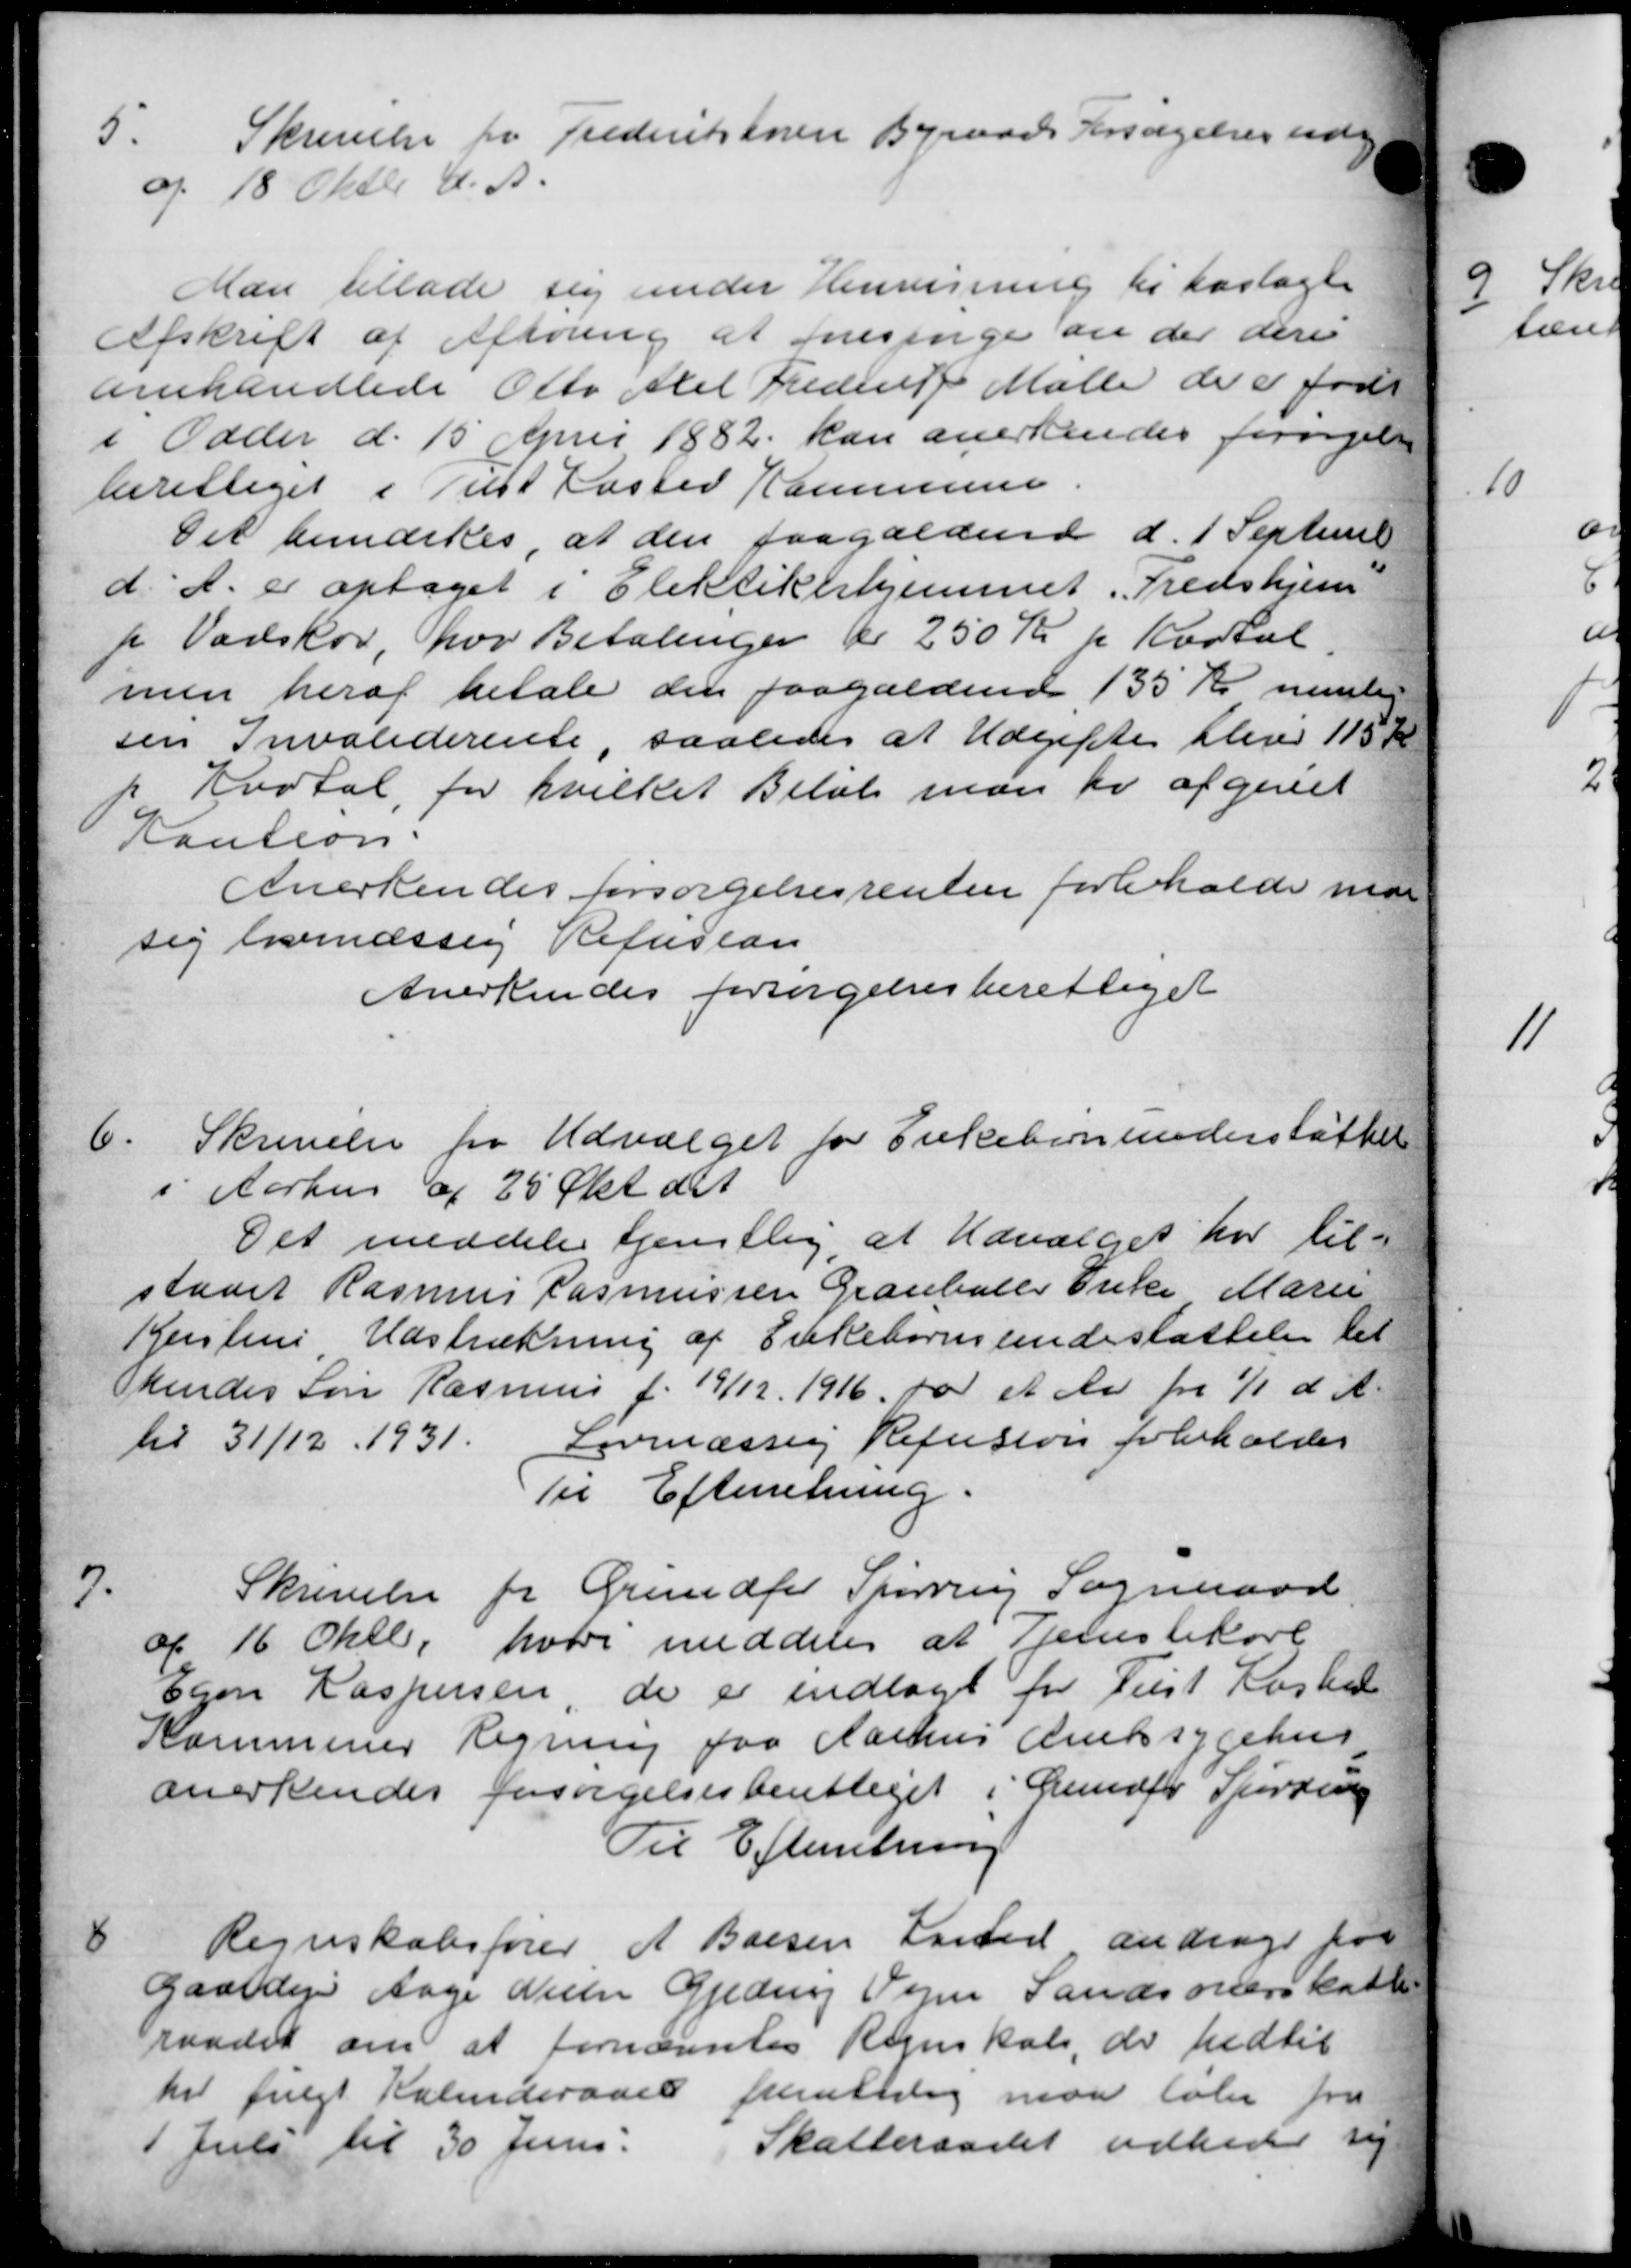
Transskription:
5.
Skrivelse fra Frederikteren Byraads Forsagelse udg
af 18 Oktbr. d. A.
Man tillade sig under Henvisning til hoslagt
Afskrift af Afhøring at foresinge an der dere
omhandlede Otto Axel Frederik Møller de er født
i Odder d. 15 April 1882, kan anerkendes forøgelse
berettiget i Tilst Kaster Kommune
Det bemærkes, at den paagældende d. 1 September
d. A. er optaget i Elektikerhjemmet. Tredshjem
p Vadskov, hvor Betalingen er 250 Kr pr. Kartal
men heraf betale den paagældende 135 Kr nemler
sin Invaliderente, saaledes at Udgifter blev 115 Kr
Kvatal for hvilket Beløb man er afgivet
P Kaution.
Anerkendes forsørgelsesrenten forbeholde man
sig lovmæssig Refusion
Anerkendes forsørgelsesberettiget
6.
Skrivelse fra Udvalget for Enkebørnsunderstøttelse
i Aarhus af 25 Okt de
Det meddeler tjenstlig, at Udvalget har til-
staaet Rasmus Rasmussen Granballe Enke Marie
Kerstens Udstrækning af Enkebørnsunderstøttelse til
kendes Søn Rasmus f. 19/12 1916 for et Aar fra 1/1 d. A.
til 31/12 1931.
Lovmæssig Refusion forholdes
Til Efterretning.
7
Skrivelse for Grundfor Spørring Sogneraad
af 16 Oktbr. hvori meddeles at Tjenestekøre
Egen Kaspersen, de er indlagt for Tilst Kasted
Kommuner Regning fra Aarhus Amtssygehus
anerkendes forsørgelsesberettiget i Lundfor Spørring
Til Efterretning
8
Regnskabsfører A. Barsen Kasted andrager fra
Gaardejer Aage Nielsen Gjeding Vejen Sands overskatte
raadet om at fornævntes Regnskab der hidtil
til fulgt Kalenderaad fremtidig maa løbe fra
 Juli til 30 Juni. Skatteraadet udbeder sig